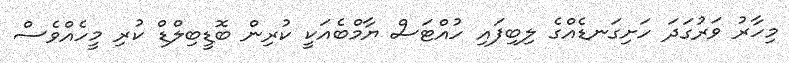
މިހާރު ވަރުގަދަ ހަށިގަނޑެއްގެ ލިބިފައި ހުއްޓަސް ޔާމްބެއަކީ ކުރިން ބޮޑީބިލްޑް ކުރި މީހެއްވެސް